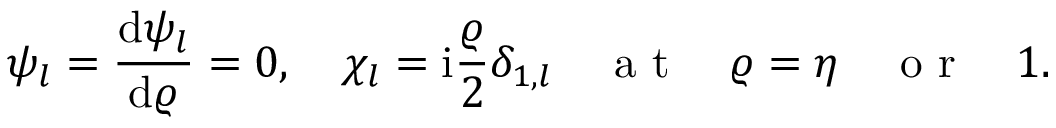
\psi _ { l } = \frac { \mathrm { d } \psi _ { l } } { \mathrm { d } \varrho } = 0 , \quad \chi _ { l } = \mathrm { i } \frac { \varrho } { 2 } \delta _ { 1 , l } \quad \mathrm { ~ a ~ t ~ } \quad \varrho = \eta \quad \mathrm { ~ o ~ r ~ } \quad 1 .